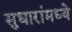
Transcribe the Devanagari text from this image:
सुधारांमध्ये